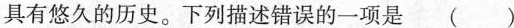
具有悠久的历史。下列描述错误的一项是 ( )